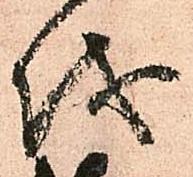
儀